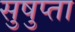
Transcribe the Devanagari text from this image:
सुषुप्ता